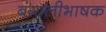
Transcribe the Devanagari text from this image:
बंगालीभाषक